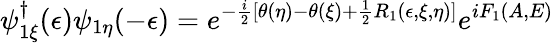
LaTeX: \psi_{1\xi}^{\dagger}(\epsilon)\psi_{1\eta}(-\epsilon)=e^{-\frac{i}{2}[\theta(\eta)-\theta(\xi)+\frac{1}{2}R_{1}(\epsilon,\xi,\eta)]}e^{iF_{1}(A,E)}